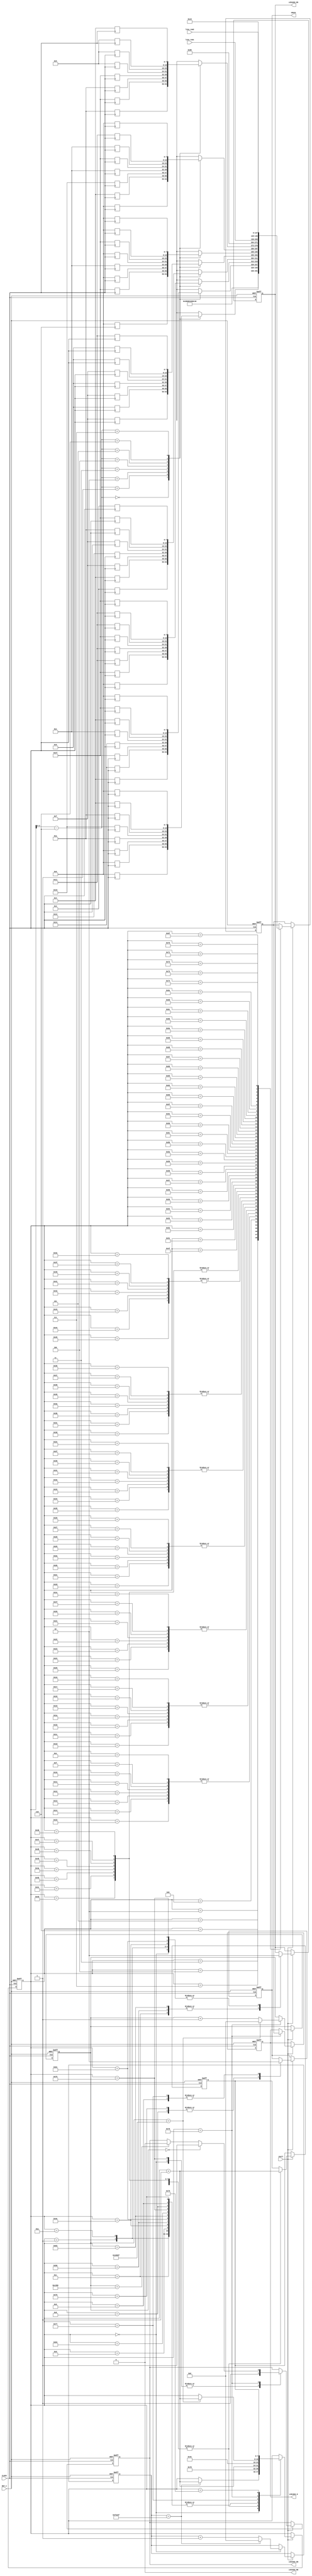
//****************************************************************************//
//# @Author: 
//# @Date:   2019-05-19 21:06:32
//# @Last Modified by:   zlk
//# @WeChat Official Account: OpenFPGA
//# @Last Modified time: 2019-07-01 21:19:16
//# Description: 
//# @Modification History: 2019-05-19 20:58:19
//# Date			    By			   VerDATAn			   Change Description: 
//# ========================================================================= #
//# 2019-05-19 20:58:19
//# ========================================================================= #
//# |                                          								| #
//# |                                OpenFPGA     							| #
//****************************************************************************//
module lcd1602_funcmod
(
    input CLOCK, RST_n,

	//lcd1602 interface
	output 				LCD1602_RS,		//H: Data; L: Instruction code
	output				LCD1602_RW,		//H: Read; L: Write
	output  			LCD1602_EN,		//LCD1602 Chip enable signal
	output		[7:0]	LCD1602_D,		//LCD1602 Data interface

	input		[127:0]	line_rom1,	//LCD1602 1th row display
	input		[127:0]	line_rom2,	//LCD1602 2th row display
	//Signal
	input iCall,
	output oDone
);	 
	 parameter DELAY_TIME = 1000_000;   //Delay for 20ms
	 //localparam DELAY_TIME = 20'd1000;		//Just for test
	 parameter FCLK = 20'd100_000, FHALF = 20'd50_000; // 500hz,(1/500hz)/(1/50Mhz) FCLK 
	 //localparam FCLK = 20'd100, FHALF = 20'd50;        //Just for test
	 parameter FF_Write = 8'd120;//FHALF   //tsp1
	 //localparam FF_Write = 20'd16;        //Just for test

reg [7:0] data_character1  [7:0];    //this is    00H
reg [7:0] data_character2 [7:0];    //           01H
reg [7:0] data_character3 [7:0];   //           02H
reg [7:0] data_character4 [7:0];   //           03H
reg [7:0] data_character5 [7:0];   //           04H
reg [7:0] data_character6 [7:0];   //           05H
reg [7:0] data_character7 [7:0];   //           06H
reg [7:0] data_character8 [7:0];   //           07H


always @(posedge CLOCK )
begin
    data_character1[0] <= 8'h00;//this is    00H
    data_character1[1] <= 8'h00;
    data_character1[2] <= 8'h00;
    data_character1[3] <= 8'h0a;
    data_character1[4] <= 8'h15;
    data_character1[5] <= 8'h0a;
    data_character1[6] <= 8'h04;
    data_character1[7] <= 8'h00;
	 
    data_character2[0] <= 8'h04;//           01H
    data_character2[1] <= 8'h14;
    data_character2[2] <= 8'h1f;
    data_character2[3] <= 8'h14;
    data_character2[4] <= 8'h0e;
    data_character2[5] <= 8'h04;
    data_character2[6] <= 8'h1f;
    data_character2[7] <= 8'h00;
	
    data_character3[0] <= 8'h00;//           02H
    data_character3[1] <= 8'h1F;
    data_character3[2] <= 8'h11;
    data_character3[3] <= 8'h11;
    data_character3[4] <= 8'h1f;
    data_character3[5] <= 8'h11;
    data_character3[6] <= 8'h11;
    data_character3[7] <= 8'h1f;

    data_character4[0] <= 8'h02;//           03H
    data_character4[1] <= 8'h04;
    data_character4[2] <= 8'h0f;
    data_character4[3] <= 8'h12;
    data_character4[4] <= 8'h0f;
    data_character4[5] <= 8'h0a;
    data_character4[6] <= 8'h1f;
    data_character4[7] <= 8'h02;

    data_character5[0] <= 8'h0f;//           04H
    data_character5[1] <= 8'h09;
    data_character5[2] <= 8'h0f;
    data_character5[3] <= 8'h09;
    data_character5[4] <= 8'h0f;
    data_character5[5] <= 8'h09;
    data_character5[6] <= 8'h09;
    data_character5[7] <= 8'h11;

    data_character6[0] <= 8'h00;//           05H
    data_character6[1] <= 8'h1F;
    data_character6[2] <= 8'h00;
    data_character6[3] <= 8'h0e;
    data_character6[4] <= 8'h00;
    data_character6[5] <= 8'h1f;
    data_character6[6] <= 8'h00;
    data_character6[7] <= 8'h00;

    data_character7[0] <= 8'h00;//           06H
    data_character7[1] <= 8'h04;
    data_character7[2] <= 8'h15;
    data_character7[3] <= 8'h0e;
    data_character7[4] <= 8'h1f;
    data_character7[5] <= 8'h0e;
    data_character7[6] <= 8'h11;
    data_character7[7] <= 8'h00;

    data_character8[0] <= 8'h0A;//           07H
    data_character8[1] <= 8'h1f;
    data_character8[2] <= 8'h0A;
    data_character8[3] <= 8'h1f;
    data_character8[4] <= 8'h05;
    data_character8[5] <= 8'h05;
    data_character8[6] <= 8'h05;
    data_character8[7] <= 8'h04;

end
	
	 
	 assign LCD1602_RW=1'b0;
	 reg [19:0]C1,C2;
    reg [7:0]i,Go;
	 reg [7:0]T; //D1  T 
	 reg rRS, rEN; 
	 reg [7:0]rDATA;
	 reg isDone; //isQ  IO 
	 
//LCD1602 init
localparam	DISP_SET	= 	8'h38;	//Display mode: Set 16X2,5X8, 8 bits data
localparam 	DISP_OFF	= 	8'h08;	//Display off
localparam 	CLR_SCR 	= 	8'h01;	//Clear the LCD
localparam 	CURSOR_SET1 = 	8'h06;	//Set Cursor
localparam 	CURSOR_SET2 = 	8'h0C;	//Display on

//CGRAM 
localparam  CGRAM_SET  = 8'h40;

//CGRAM 00H address
localparam  CGRAM0_ADDR  = 8'h48;

//CGRAM 01H address
localparam  CGRAM1_ADDR  = 8'h50;

//CGRAM 02H address
localparam  CGRAM2_ADDR  = 8'h80;

//Display 1th line	
localparam 	ROW1_ADDR	= 	8'h80;	//Line1's first address	

//Display 2th line
localparam 	ROW2_ADDR	= 	8'hC0;	//Line2's first address	

    always @ ( posedge CLOCK or negedge RST_n )	
	     if( !RST_n )
		      begin
				    { C1,C2 } <={ 20'd0,20'd0 };
				    { i,Go } <= { 8'd0,6'd0 };
					 T  <= 8'd0;
					 { rRS, rEN, rDATA } <= 3'b000;
					  isDone <= 1'b0;
				end
/***********************************************************************
 0 
 1 
 2  3~4 
***********************************************************************/
		   else if( iCall )
			    case( i )
				     
					0://20ms
					    begin 
					    	{ rRS,rEN } <= 2'b01; 
					  		if( C2 == DELAY_TIME -1) begin C2 <= 20'd0; i <= i + 1'b1; end
							else C2 <= C2 + 1'b1;
					    end
				
					1:
					    begin  rRS <=1'b0;i <= i + 1'b1; end //{ rRS,rEN } <= 2'b01;
						 
					2:
					    begin T <= 8'h00; i <= FF_Write; Go <= i + 1'b1; end   //IDLE

					3:
					    begin T <= DISP_SET; i <= FF_Write; Go <= i + 1'b1; end

					4:
					    begin T <= DISP_OFF; i <= FF_Write; Go <= i + 1'b1; end

					5:
					    begin T <= CLR_SCR; i <= FF_Write; Go <= i + 1'b1; end

					6:
					    begin T <= CURSOR_SET1; i <= FF_Write; Go <= i + 1'b1; end

					7:
						 begin T <= CURSOR_SET2; i <= FF_Write; Go <= i + 1'b1; end
						
						
					8:
					    begin isDone <= 1'b1; i <= i + 1'b1; end
					  
					9:
					    begin isDone <= 1'b0; i <= i + 1'b1; end

					10://write CGRAM
					    begin rRS <=1'b0; i <= i + 1'b1; end//{ rRS,rEN } <= 2'b00;CGRAM_SET 
					11:
						begin T <= CGRAM_SET; i <= FF_Write; Go <= i + 1'b1; end	//CGRAM0_ADDR
					12:
						begin rRS <=1'b1; i <= i + 1'b1; end//{ rRS,rEN } <= 2'b11;					
					13:
					    i <= i + 1'b1;

					14,15,16,17,18,19,20,21 ://write CGRAM0
						begin T <= data_character1[i-14]; i <= FF_Write; Go <= i + 1'b1; end
					22,23,24,25,26,27,28,29 ://write CGRAM1
					    begin T <= data_character2[i-22]; i <= FF_Write; Go <= i + 1'b1; end 
					30,31,32,33,34,35,36,37 ://write CGRAM2
					    begin T <= data_character3[i-30]; i <= FF_Write; Go <= i + 1'b1; end 
					38,39,40,41,42,43,44,45 ://write CGRAM3
					    begin T <= data_character4[i-38]; i <= FF_Write; Go <= i + 1'b1; end 
					46,47,48,49,50,51,52,53 ://write CGRAM4
					    begin T <= data_character5[i-46]; i <= FF_Write; Go <= i + 1'b1; end 
					54,55,56,57,58,59,60,61 ://write CGRAM5
					    begin T <= data_character6[i-54]; i <= FF_Write; Go <= i + 1'b1; end 
					62,63,64,65,66,67,68,69 ://write CGRAM6
					    begin T <= data_character7[i-62]; i <= FF_Write; Go <= i + 1'b1; end 
					70,71,72,73,74,75,76,77 ://write CGRAM7
					    begin T <= data_character8[i-70]; i <= FF_Write; Go <= i + 1'b1; end 

					78:
					    begin rRS <=1'b0; i <= i + 1'b1; end//{ rRS,rEN } <= 2'b00;
					79:
						 begin T <= ROW1_ADDR; i <= FF_Write; Go <= i + 1'b1; end
					80:
					    begin rRS <=1'b1; i <= i + 1'b1; end//{ rRS,rEN } <= 2'b11;
						 
					81:
						 begin T <= line_rom1[127:120]; i <= FF_Write; Go <= i + 1'b1; end
					82:
						 begin T <= line_rom1[119:112]; i <= FF_Write; Go <= i + 1'b1; end
					83:
						 begin T <= line_rom1[111:104]; i <= FF_Write; Go <= i + 1'b1; end							
					84:
						 begin T <= line_rom1[103: 96]; i <= FF_Write; Go <= i + 1'b1; end
					85:
						 begin T <= line_rom1[ 95: 88]; i <= FF_Write; Go <= i + 1'b1; end
					86:
						 begin T <= line_rom1[ 87: 80]; i <= FF_Write; Go <= i + 1'b1; end
					87:
						 begin T <= line_rom1[ 79: 72]; i <= FF_Write; Go <= i + 1'b1; end
					88:
						 begin T <= line_rom1[ 71: 64]; i <= FF_Write; Go <= i + 1'b1; end
					89:
						 begin T <= line_rom1[ 63: 56]; i <= FF_Write; Go <= i + 1'b1; end
					90:
						 begin T <= line_rom1[ 55: 48]; i <= FF_Write; Go <= i + 1'b1; end
					91:
						 begin T <= line_rom1[ 47: 40]; i <= FF_Write; Go <= i + 1'b1; end
					92:
						 begin T <= line_rom1[ 39: 32]; i <= FF_Write; Go <= i + 1'b1; end
					93:
						 begin T <= line_rom1[ 31: 24]; i <= FF_Write; Go <= i + 1'b1; end
					94:
						 begin T <= line_rom1[ 23: 16]; i <= FF_Write; Go <= i + 1'b1; end
					95:
						 begin T <= line_rom1[ 15:  8]; i <= FF_Write; Go <= i + 1'b1; end
					96:
						 begin T <= line_rom1[  7:  0]; i <= FF_Write; Go <= i + 1'b1; end

				    /**********************************************************************/
					97:
					    begin rRS <=1'b0; i <= i + 1'b1; end//{ rRS,rEN } <= 2'b00;
					98:
						 begin T <= ROW2_ADDR; i <= FF_Write; Go <= i + 1'b1; end
					99:
					    begin  rRS <=1'b1;i <= i + 1'b1; end//{ rRS,rEN } <= 2'b11;
				    100:
						i <= i + 1'b1;
					101:
						begin T <= line_rom2[127:120]; i <= FF_Write; Go <= i + 1'b1; end
				    102:
						begin T <= line_rom2[119:112]; i <= FF_Write; Go <= i + 1'b1; end
					103:
						begin T <= line_rom2[111:104]; i <= FF_Write; Go <= i + 1'b1; end							
					104:
						begin T <= line_rom2[103: 96]; i <= FF_Write; Go <= i + 1'b1; end
					105:
						begin T <= line_rom2[ 95: 88]; i <= FF_Write; Go <= i + 1'b1; end
					106:
						begin T <= line_rom2[ 87: 80]; i <= FF_Write; Go <= i + 1'b1; end
					107:
						begin T <= line_rom2[ 79: 72]; i <= FF_Write; Go <= i + 1'b1; end
					108:
						begin T <= line_rom2[ 71: 64]; i <= FF_Write; Go <= i + 1'b1; end
					109:
						begin T <= line_rom2[ 63: 56]; i <= FF_Write; Go <= i + 1'b1; end
					110:
						begin T <= line_rom2[ 55: 48]; i <= FF_Write; Go <= i + 1'b1; end
					111:
						begin T <= line_rom2[ 47: 40]; i <= FF_Write; Go <= i + 1'b1; end
					112:
						begin T <= line_rom2[ 39: 32]; i <= FF_Write; Go <= i + 1'b1; end
					113:
						begin T <= line_rom2[ 31: 24]; i <= FF_Write; Go <= i + 1'b1; end
					114:
						begin T <= line_rom2[ 23: 16]; i <= FF_Write; Go <= i + 1'b1; end
					115:
						begin T <= line_rom2[ 15:  8]; i <= FF_Write; Go <= i + 1'b1; end
					116:
						begin T <= line_rom2[  7:  0]; i <= FF_Write; Go <= i + 1'b1; end//Go <= i + 1'b1;
					117:
					    begin { rRS,rEN } <= 2'b01; i <= i + 1'b1; end 

					118:
					  begin isDone <= 1'b1; i <= i + 1'b1; end
					  
					119:
					  begin isDone <= 1'b0; i <= 8'd78; end//
					  
					  /******************/
					  
					  120:
					  begin

					      rDATA <= T;//
							
						if( C1 == 0 ) rEN <= 1'b1;
 					    else if( C1 == FHALF ) rEN <= 1'b0;
					  
					    if( C1 == FCLK -1) begin C1 <= 20'd0; i <= i + 1'b1; end
						else C1 <= C1 + 1'b1;
					  end
					  
					 121:
					  i <= Go;
					  
				 endcase
       
/***********************************************************************
 rDATA  LCD1602_D_DATA D  oData	
***********************************************************************/
		assign { LCD1602_RS,LCD1602_EN } = { rRS,rEN };
		assign LCD1602_D = rDATA ;  //isQ ? rDATA : 1'bz;
		assign oDone = isDone;

endmodule